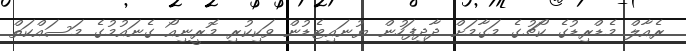
ރެއާލް މެޑްރިޑުގެ ކޯޗުގެ މަގާމަށް ދާދިފަހުން ޔުނައިޓެޑުން ވަކިކުރި މޮރީނިއޯ ގެނައުމުގެ މަސައްކަތް